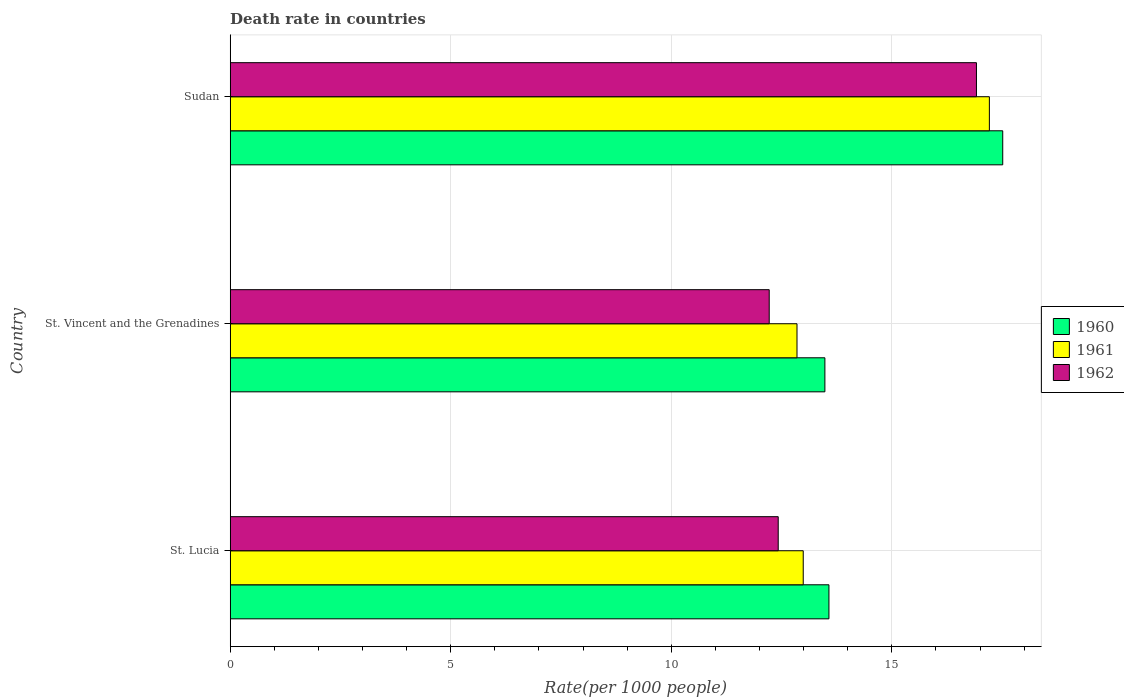
| Country | 1960 | 1961 | 1962 |
 | --- | --- | --- | --- |
 | St. Lucia | 13.6 | 13 | 12.4 |
 | St. Vincent and the Grenadines | 13.5 | 12.8 | 12.2 |
 | Sudan | 17.5 | 17.2 | 16.9 |